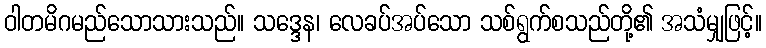
ဝါတမိဂမည်သောသားသည်။ သဒ္ဒေန၊ လေခပ်အပ်သော သစ်ရွက်စသည်တို့၏ အသံမျှဖြင့်။